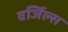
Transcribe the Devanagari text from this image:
वर्जिल्स